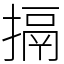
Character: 搹